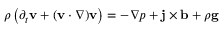
\rho \left( \partial _ { t } { \mathbf { v } } + ( { \mathbf { v } } \cdot \nabla ) { \mathbf { v } } \right) = - \nabla p + { \mathbf { j } } \times { \mathbf { b } } + \rho { \mathbf { g } }